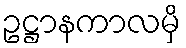
ဥဋ္ဌာနကာလမှိ